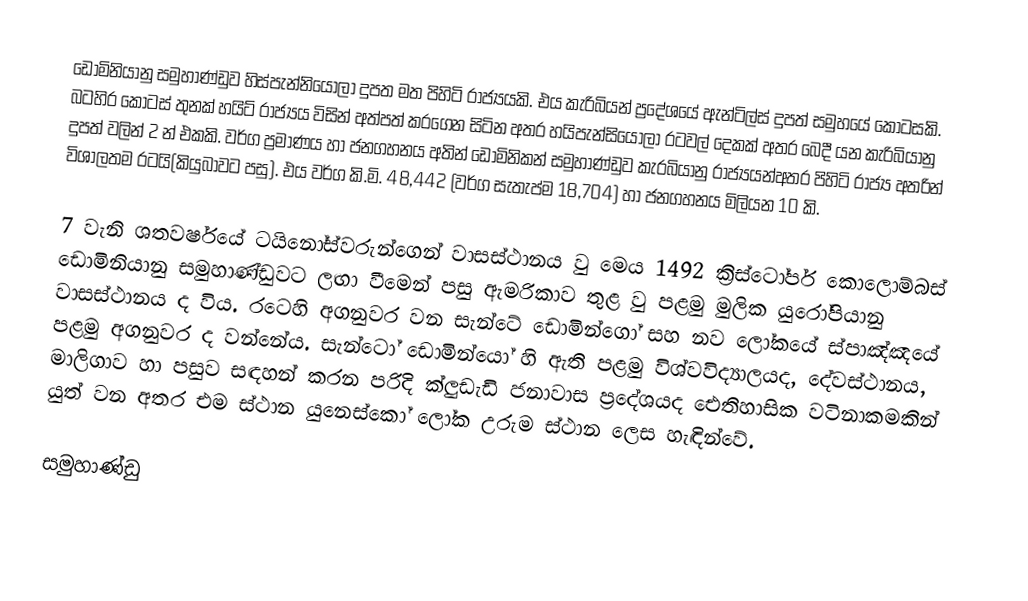
ඩොමිනියානු සමුහාණ්ඩුව හිස්පැන්නියෝලා දුපත මත පිහිටි රාජ්‍යයකි. එය කැරිබියන් ප්‍රදේශයේ ඇන්ටිල්ස් දුපත් සමුහයේ කොටසකි. බටහිර කොටස් තුනක් හයිට් රාජ්‍යය විසින් අත්පත් කරගෙන සිටින අතර හයිපැන්සියෝලා රටවල් දෙකක් අතර බෙදී යන කැරිබියානු දුපත් වලින් 2 න් එකකි. වර්ග ප්‍රමාණය හා ජනගහනය අතින් ඩොමිනිකන් සමුහාණ්ඩුව කැරබියානු රාජ්‍යයන්අතර පිහිටි රාජ්‍ය අතරින් විශාලතම රටයි(කියුබාවට පසු). එය වර්ග කි.මි. 48,442 (වර්ග සැතැප්ම 18,704) හා ජනගහනය මිලියන 10 කි.

7 වැනි ශතවර්ෂයේ ටයිනෝස්වරුන්ගෙන් වාසස්ථානය වු මෙය 1492 ක්‍රිස්ටෝපර් කොලොම්බස් ඩොමිනියානු සමුහාණ්ඩුවට ලඟා වීමෙන් පසු ඇමරිකාව තුළ වු පළමු මුලික යුරෝපියානු වාසස්ථානය ද විය. රටෙහි අගනුවර වන සැන්ටේ ඩොමින්ගෝ සහ නව ලෝකයේ ස්පාඤ්ඤයේ පළමු අගනුවර ද වන්නේය. සැන්ටෝ ඩොමින්යෝ හි ඇති පළමු විශ්වවිද්‍යාලයද, දේවස්ථානය, මාලිගාව හා පසුව සඳහන් කරන පරිදි ක්ලුඩැඩි ජනාවාස ප්‍රදේශයද ඓතිහාසික වටිනාකමකින් යුත් වන අතර එම ස්ථාන යුනෙස්කෝ ලෝක උරුම ස්ථාන ලෙස හැඳින්වේ.

සමුහාණ්ඩු